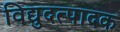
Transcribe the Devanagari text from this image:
विद्युदत्पादक